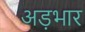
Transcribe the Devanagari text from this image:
अड़भार